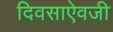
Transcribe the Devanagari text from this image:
दिवसाऐवजी